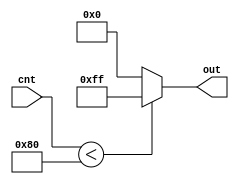
module GenSquareWave #(parameter [7:0] HALF = 8'd128, 
                                       FULL = 8'd255, 
                                       ZERO = 8'd0)
                      (cnt, out);

    input [7:0] cnt;
    output reg [7:0] out;

    always @(cnt) begin
        if (cnt < HALF) out = FULL;
        else out = ZERO;
    end
    
endmodule